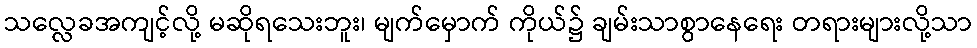
သလ္လေခအကျင့်လို့ မဆိုရသေးဘူး၊ မျက်မှောက် ကိုယ်၌ ချမ်းသာစွာနေရေး တရားများလို့သာ